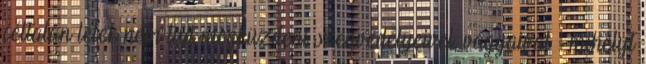
céltalan lélek nem tud megküzdeni szenvedélyeivel, vágyaival – mihelyt